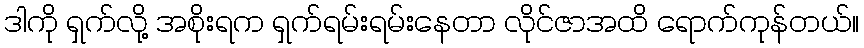
ဒါကို ရှက်လို့ အစိုးရက ရှက်ရမ်းရမ်းနေတာ လိုင်ဇာအထိ ရောက်ကုန်တယ်။